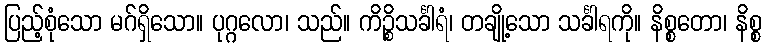
ပြည့်စုံသော မဂ်ရှိသော။ ပုဂ္ဂလော၊ သည်။ ကိဉ္စိသင်္ခါရံ၊ တချို့သော သင်္ခါရကို။ နိစ္စတော၊ နိစ္စ